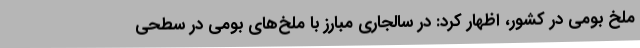
ملخ بومی در کشور، اظهار کرد: در سالجاری مبارز با ملخ‌های بومی در سطحی